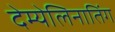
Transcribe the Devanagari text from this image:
देम्येलिनातिंग